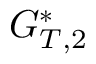
G _ { T , 2 } ^ { * }